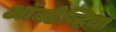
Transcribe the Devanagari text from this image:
ऑक्टेव्हिया